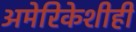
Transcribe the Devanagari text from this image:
अमेरिकेशीही